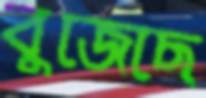
বুজেছে